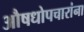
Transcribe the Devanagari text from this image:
औषधोपचारांना